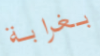
بغرابة